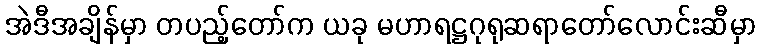
အဲဒီအချိန်မှာ တပည့်တော်က ယခု မဟာရဋ္ဌဂုရုဆရာတော်လောင်းဆီမှာ